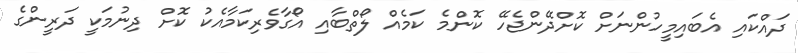
ދައްކައި އެބައިމީހުންނަށް ކޮށްދޭންޖެހޭ ކޮންމެ ކަމެއް ލޯތްބާއި އޯގާވެރިކަމާއެކު ކޮށް ދިނުމަކީ ދަރީންގެ